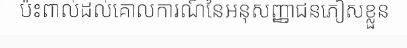
ប៉ះពាល់ដល់គោលការណ៍នៃអនុសញ្ញាជនភៀសខ្លួន